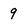
Character: 9